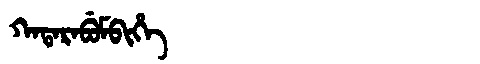
Manchu: ᡴᠠᡨᠠᡵᠠᠪᡠᠮᠪᡳᡥᡝ
Romanization: KATARABUMBIHE